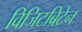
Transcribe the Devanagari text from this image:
विजिटब्रिटेन